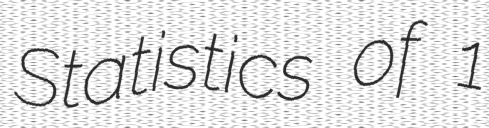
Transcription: Statistics of 1